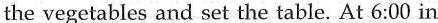
the vegetables and set the table. At 6:00 in